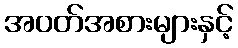
အဝတ်အစားများနှင့်